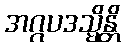
အဂ္ဂပဒသ္မိန္တိ